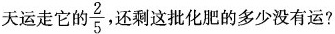
天运走它的\frac{2}{5}还剩这批化肥的多少没有运?